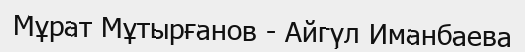
Мұрат Мұтырғанов - Айгүл Иманбаева